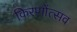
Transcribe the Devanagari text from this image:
किरणोंत्सव